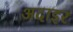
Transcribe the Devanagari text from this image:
अदाइर